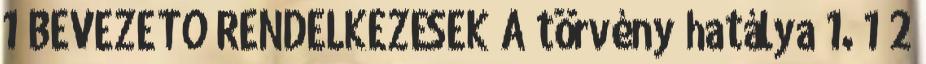
1 BEVEZETŐ RENDELKEZÉSEK A törvény hatálya 1. 1 2